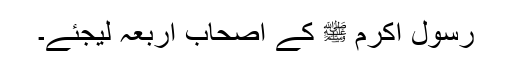
رسول اکرم ﷺ کے اصحاب اربعہ لیجئے۔